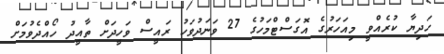
ހަދިޔާ ކުރެއްވީ މިއަހަރުގެ އޮގަސްޓްމަހުގެ 27 ވަނަދުވަހު ރައީސް ވަހީދަށް ތާއީދު ހޯއްދެވުމަށް